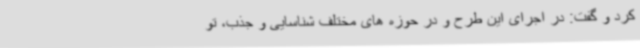
کرد و گفت: در اجرای این طرح و در حوزه های مختلف شناسایی و جذب، تو